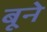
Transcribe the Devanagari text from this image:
बूने